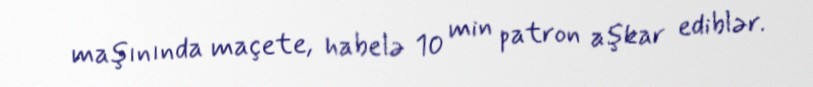
maşınında maçete, habelə 10 min patron aşkar ediblər.